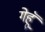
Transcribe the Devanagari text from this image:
गेहूॅ